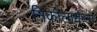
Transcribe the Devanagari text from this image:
निकोलायेव्ना